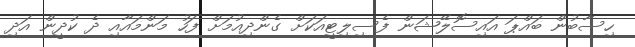
ހިސާބުން ބައްޕަ އައިސޮލޭޝަން ފެސިލިޓީއަކަށް ގެންދިއުމަށް ފަހު މަންމައާއި ދެ ކުދީން އަދި